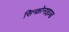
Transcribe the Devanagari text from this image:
सिन्क्रोनाइज़्ड